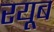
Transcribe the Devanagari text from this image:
रयूब